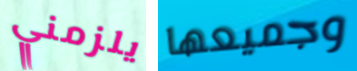
يلزمني وجميعها